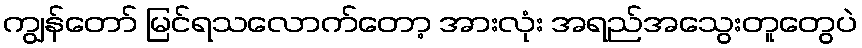
ကျွန်တော် မြင်ရသလောက်တော့ အားလုံး အရည်အသွေးတူတွေပဲ